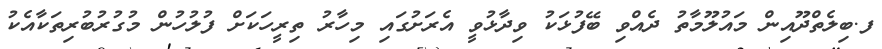
ފ.ބިލެތްދޫއިން މައުލޫމާތު ދެއްވި ބޭފުޅަކު ވިދާޅުވީ އެރަށުގައި މިހާރު ތިރީހަކަށް ފުލުހުން މުގުރުބުރިތަކާއެކު